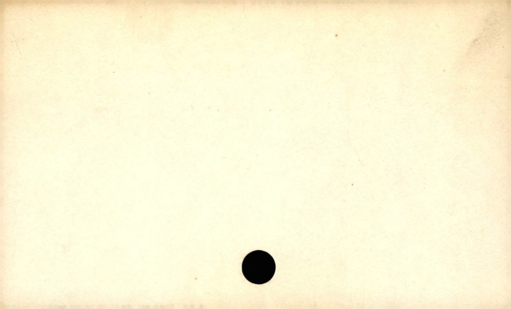
Label: blank